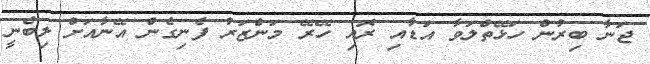
ޖަނާ ބިރުން ހަޅޭތްލަވާ އަޑާއި ރޮއި ހޭރޭ މަންޒަރު ފެނިގެން އޭނާއަށް ލިބެނީ